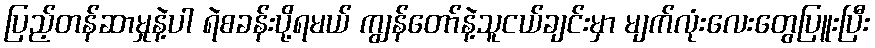
ပြည့်တန်ဆာမှုနဲ့ပါ ရဲစခန်းပို့ရမယ် ကျွန်တော်နဲ့သူငယ်ချင်းမှာ မျက်လုံးလေးတွေပြူးပြီး